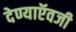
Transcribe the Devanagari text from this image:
देण्याऍवजी